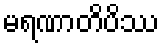
မရဏာတိပိဿ